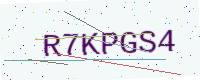
Text: R7KPGS4